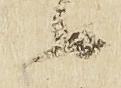
候